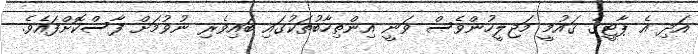
އަދި އެ ޕާޓީގެ ޤައުމީ މަޖިލީހުންވެސް ވަނީ އިންތިހާބުތަކުގައި ބައިވެރި ނުވުމަށް ފާސްކޮށްފައެވެ.